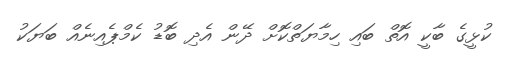
ކުޅީގެ ބާކީ އޮތް ބައި ހިމާޔަތްކޮށް ދޭން އެދި ބޮޑު ކެމްޕެއިނެއް ބަޔަކު